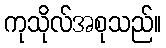
ကုသိုလ်အစုသည်။